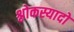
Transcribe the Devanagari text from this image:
श्लोकस्यादो